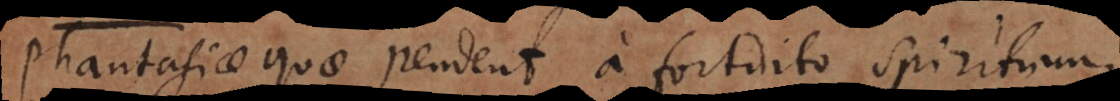
Phantasiae quae pendent a fortuito spirituum